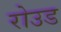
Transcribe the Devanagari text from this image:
रोउड